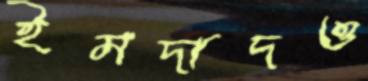
ইমদাদও